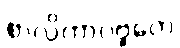
စာလိကာပဗ္ဗတေ